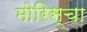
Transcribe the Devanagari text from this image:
मोरिस्चा